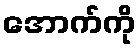
အောက်ကို